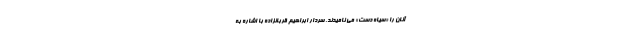
آنان را «سیاه دست» می نامیدند. سردار ابراهیم قربانزاده با اشاره به